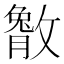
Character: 𫿔